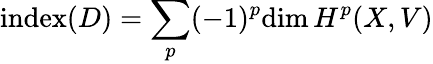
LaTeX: {\textrm{index}}(D)=\sum_{p}(-1)^{p}{\textrm{dim}}\, H^{p}(X,V)